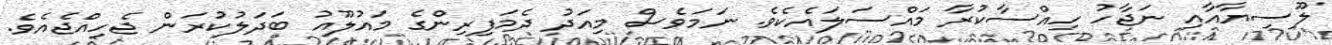
ލޫސިޔާއާއި ނަޖާހު ހިއްސާކުރާ މައްސަލައެކެވެ. ނަމަވެސް މިއަދު ދެމަފިރިންގެ މައުލޫއު ބަދަލުކުރަން ޖެހިއްޖެއެވެ.